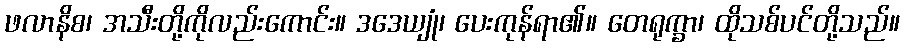
ဖလာနိစ၊ အသီးတို့ကိုလည်းကောင်း။ ဒဒေယျုံ၊ ပေးကုန်ရာ၏။ တေရုက္ခာ၊ ထိုသစ်ပင်တို့သည်။